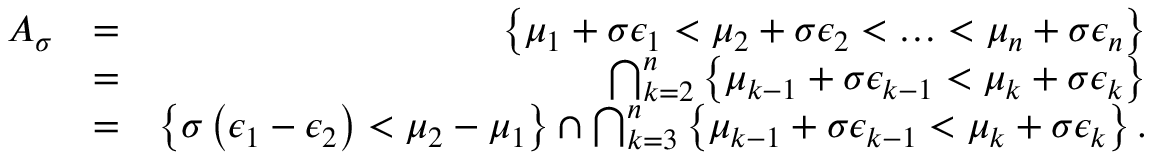
\begin{array} { r l r } { A _ { \sigma } } & { = } & { \left\{ \mu _ { 1 } + \sigma \epsilon _ { 1 } < \mu _ { 2 } + \sigma \epsilon _ { 2 } < \ldots < \mu _ { n } + \sigma \epsilon _ { n } \right\} } \\ & { = } & { \bigcap _ { k = 2 } ^ { n } \left\{ \mu _ { k - 1 } + \sigma \epsilon _ { k - 1 } < \mu _ { k } + \sigma \epsilon _ { k } \right\} } \\ & { = } & { \left\{ \sigma \left( \epsilon _ { 1 } - \epsilon _ { 2 } \right) < \mu _ { 2 } - \mu _ { 1 } \right\} \cap \bigcap _ { k = 3 } ^ { n } \left\{ \mu _ { k - 1 } + \sigma \epsilon _ { k - 1 } < \mu _ { k } + \sigma \epsilon _ { k } \right\} . } \end{array}